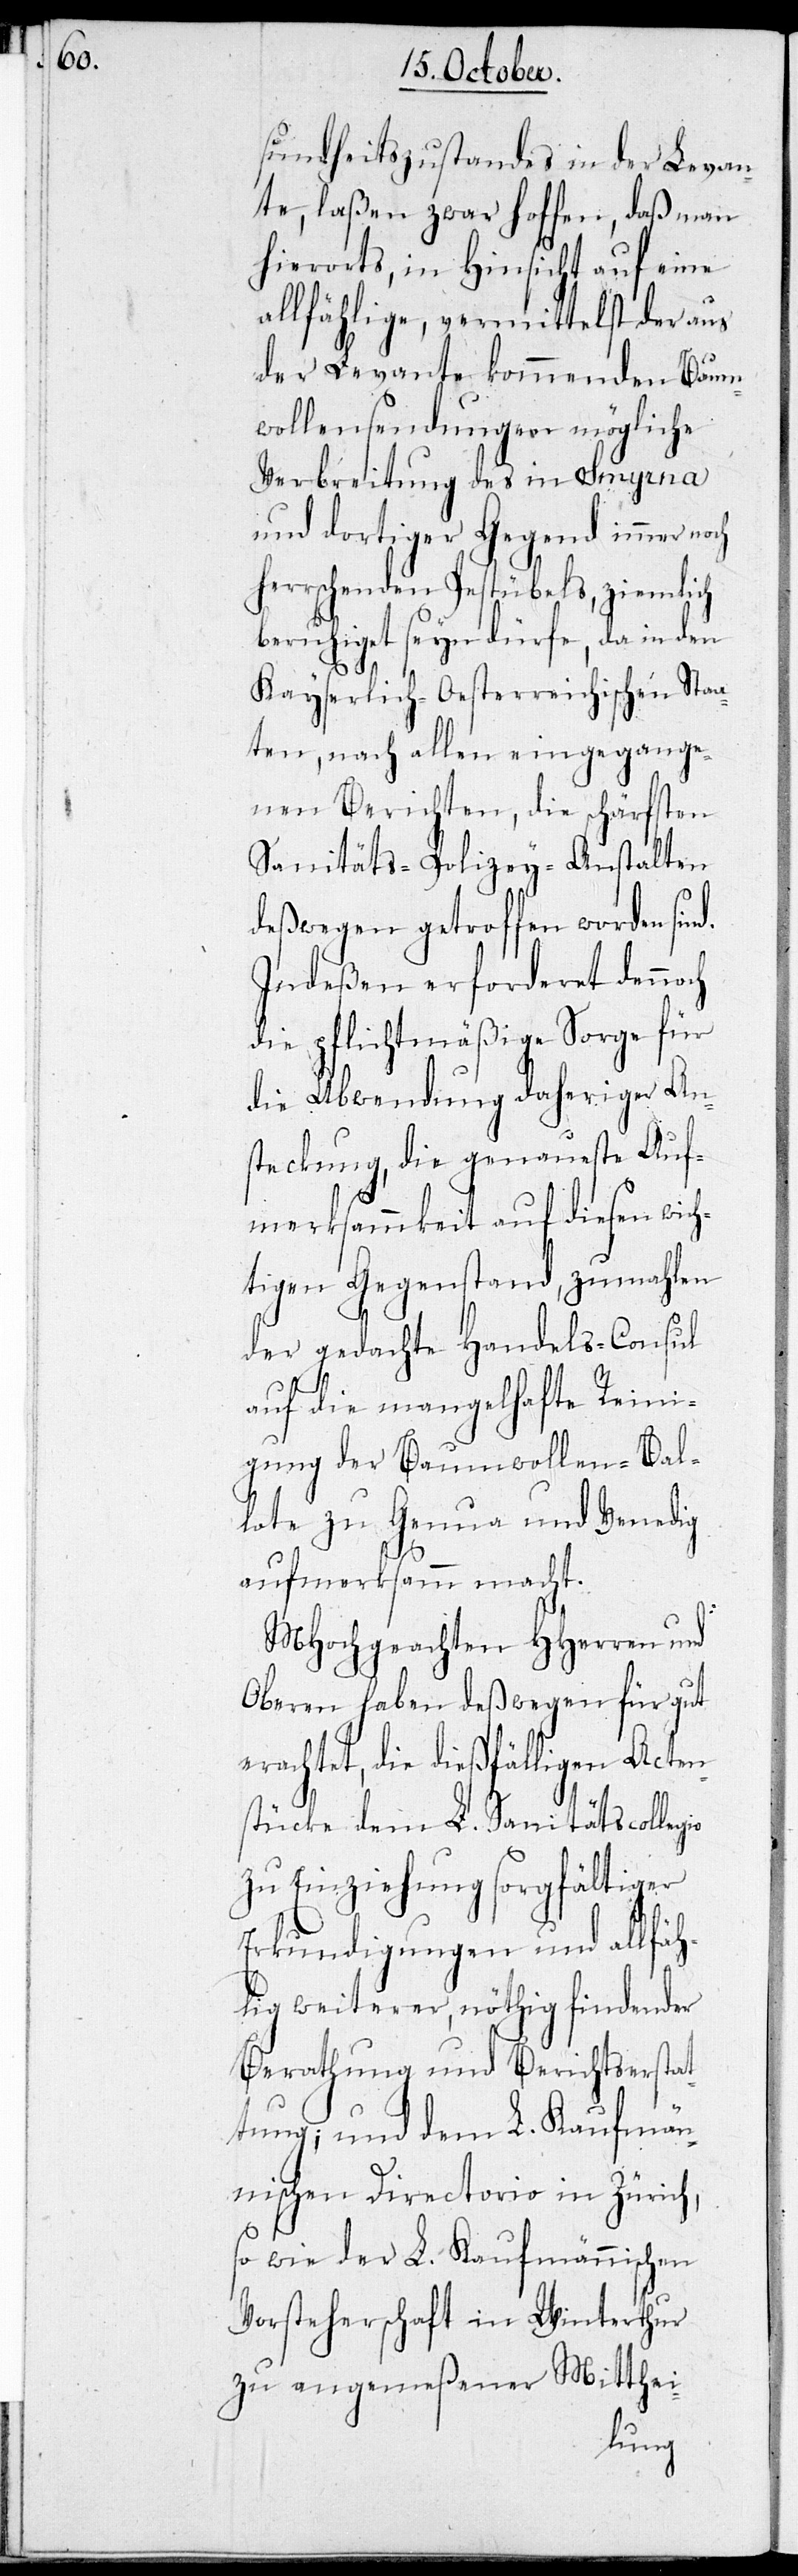
io

sundheitszustandes in der Levan¬
te, laßen zwar hoffen, daß man
hierorts, in Hinsicht auf eine
allfählige, vermittelst der aus
der Levante kommenden Baum¬
wollensendungen mögliche
Verbreitung des in Smyrna
und dortiger Gegend immer noch
herrschenden Pestübels, ziemlich
beruhiget seyn dürfe, da in den
Kayserlich-Oesterreichischen Staa¬
ten, nach allen eingegange¬
nen Berichten, die schärfsten
Sanitäts-Polizey-Anstalten
deßwegen getroffen worden sind.
Indeßen erforderet dennoch
die pflichtmäßige Sorge für
die Abwendung daheriger An¬
steckung, die genaueste Auf¬
merksamkeit auf diesen wich¬
tigen Gegenstand, zumahlen
der gedachte Handels-Consul
auf die mangelhafte Reini¬
gung der Baumwollen-Bal¬
lote zu Genua und Venedig
aufmerksamm macht.
MHochgeachten HHerren und
Oberen haben deßwegen für gut
erachtet, die dießfälligen Acten¬
stücke dem L. Sanitätscolleg¬
zu Einziehung sorgfältiger
Erkundigungen und allfäh¬
lig weiterer, nöthig findender
Berathung und Berichtserstat¬
tung; und dem L. Kaufmän¬
nischen Directorio in Zürich,
so wie der L. Kaufmännischen
Vorsteherschaft in Winterthur
zu angemeßener Mitthei-